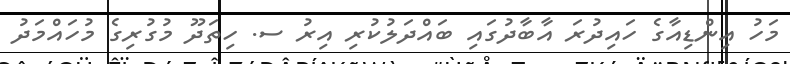
މަހު އިންޑިއާގެ ހައިދުރަ އާބާދުގައި ބައްދަލުކުރި އިރު ސ. ހިތަދޫ މުގުރިގެ މުހައްމަދު